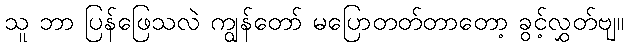
သူ ဘာ ပြန်ဖြေသလဲ ကျွန်တော် မပြောတတ်တာတော့ ခွင့်လွှတ်ဗျ။